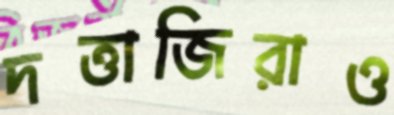
দত্তাজিরাও